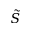
\tilde { S }